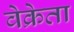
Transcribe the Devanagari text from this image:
वेक्रेता